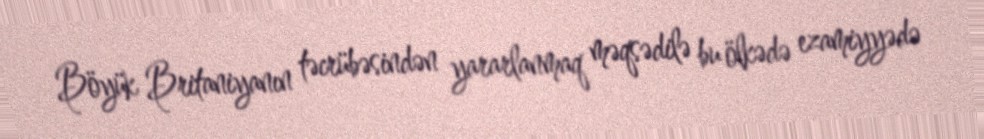
Böyük Britaniyanın təcrübəsindən yararlanmaq məqsədilə bu ölkədə ezamiyyədə